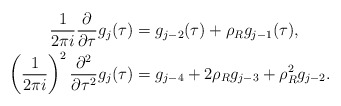
\begin{align*} \frac{1}{2 \pi i}\frac{\partial}{\partial \tau} g_j(\tau)& = g_{j-2}(\tau) + \rho_R g_ {j-1}(\tau), \\ \left(\frac{1}{2 \pi i}\right)^2 \frac{\partial^2}{\partial \tau^2} g_j(\tau) & = g_{j-4} + 2 \rho_R g_{j-3} + \rho_R^2 g_{j-2}. \end{align*}